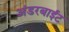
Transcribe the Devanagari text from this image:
अंडरबाईट